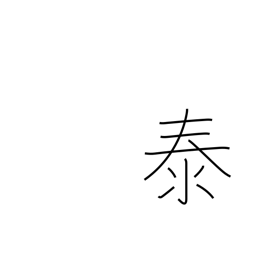
Meaning: peace